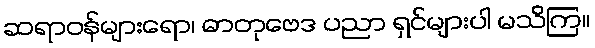
ဆရာဝန်များရော၊ ဓာတုဗေဒ ပညာ ရှင်များပါ မသိကြ။